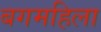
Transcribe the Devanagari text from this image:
बगमहिला